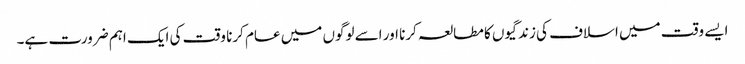
ایسے وقت میں اسلاف کی زندگیوں کا مطالعہ کرنا اور اسے لوگوں میں عام کرنا وقت کی ایک اہم ضرورت ہے۔